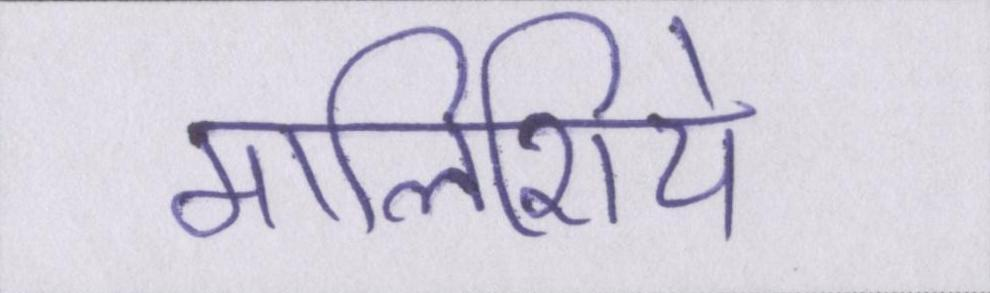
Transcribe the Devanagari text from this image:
मालिशिये